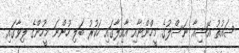
ސައުތު އޭޝިއާ ނަސްލުގެ މީހުްންނާއި އާއިލާގައި ހަކުރު ބަލި ހުންނަ މީހުންގެ ލިވާގައި